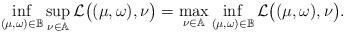
LaTeX: \begin{align*} \inf_{(\mu,\omega) \in \mathbb{B}} \sup_{\nu \in \mathbb{A}} \mathcal{L} \bigl((\mu,\omega),\nu \bigr) = \max_{\nu \in \mathbb{A}} \inf_{(\mu,\omega) \in \mathbb{B}} \mathcal{L} \bigl((\mu,\omega),\nu \bigr).\end{align*}